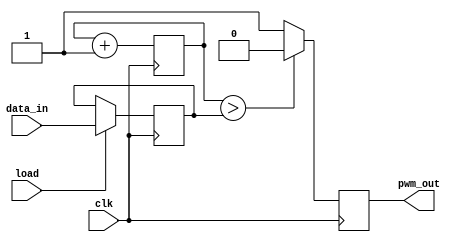
module pwm (clk, data_in, load, pwm_out);

	input				clk;			// system clock
	input [9:0] 	data_in;		// input data for conversion
	input 			load;			// high pulse to load new data
	output			pwm_out;		// PWM output

	reg [9:0]		d;				// internal register
	reg [9:0]		count;		// internal 10-bit counter
	reg				pwm_out;

	always @ (posedge clk)
		if (load == 1'b1) d <= data_in;
	
	initial count = 10'b0;	
	
	always @ (posedge clk) begin
		count <= count + 1'b1;
		if (count > d)
			pwm_out <= 1'b0;
		else	
			pwm_out <= 1'b1;
		end

endmodule